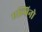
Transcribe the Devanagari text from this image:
एल्बिनो